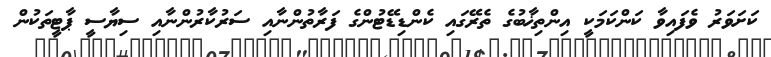
ކަށަވަރު ވެފައިވާ ކަންކަމަކީ އިންތިޚާބުގެ ތެރޭގައި ކެންޑިޑޭޓުންގެ ފަރާތުންނާއި ސަރުކާރުންނާއި ސިޔާސީ ޕާޓީތަކުން